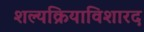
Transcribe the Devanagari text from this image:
शल्यक्रियाविशारद